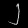
Digit: ၂